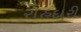
રાહદારી